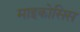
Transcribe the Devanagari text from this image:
माइकोसिस